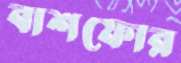
বাশফোর